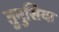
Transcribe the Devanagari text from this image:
तुनुसिया